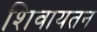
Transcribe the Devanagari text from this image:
शिवायतन